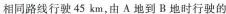
相同路线行驶45km，由A地到B地时行驶的